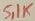
Text: 5,1K